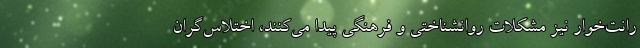
رانت‌خوار نیز مشکلات روانشناختی و فرهنگی پیدا می‌کنند، اختلاس‌گران